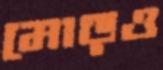
মোড়ও